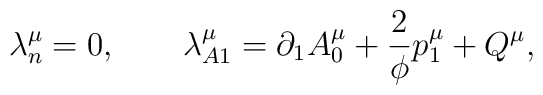
\lambda^\mu_n=0, \qquad \lambda^\mu_{A1}=\partial_1 A^\mu_0+\frac 2\phi p_1^\mu +Q^\mu,